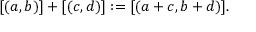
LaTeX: [ ( a , b ) ] + [ ( c , d ) ] : = [ ( a + c , b + d ) ] .